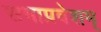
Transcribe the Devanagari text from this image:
सभाप्रवेशम्